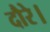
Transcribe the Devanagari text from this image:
दौरे।